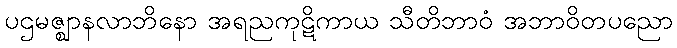
ပဌမဇ္ဈာနလာဘိနော အရညကုဋိကာယ သီတိဘာဝံ အဘာဝိတပညော